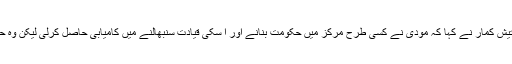
وزیر اعظم نریندر مودی اور حکومت کو تنقید کا نشانہ بناتے ہوئے نتیش کمار نے کہا کہ مودی نے کسی طرح مرکز میں حکومت بنانے اور ا سکی قیادت سنبھالنے میں کامیابی حاصل کرلی لیکن وہ حکومت چلانے یا ملک کی قیادت کرنے میں کامیاب نہیں ہو رہے ہیں۔